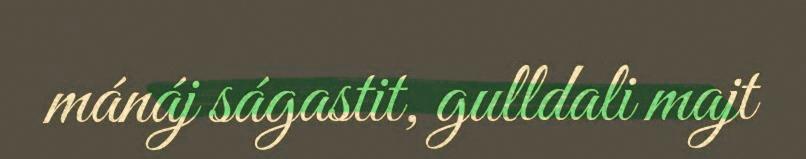
mánáj ságastit, gulldali majt